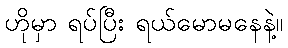
ဟိုမှာ ရပ်ပြီး ရယ်မောမနေနဲ့။